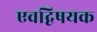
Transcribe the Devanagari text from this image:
एवद्विषयक